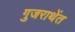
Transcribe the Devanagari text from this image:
गुजराथेंत